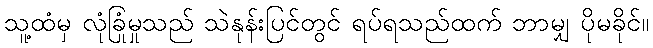
သူ့ထံမှ လုံခြုံမှုသည် သဲနုန်းပြင်တွင် ရပ်ရသည်ထက် ဘာမျှ ပိုမခိုင်။